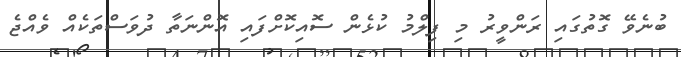
ބުނެވޭ ގޮތުގައި ރަންވީރު މި ފިލްމު ކުޅެން ސޮއިކޮށްފައި އޮންނަތާ ދުވަސްތަކެއް ވެއްޖެ